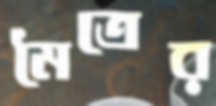
মৈত্রের